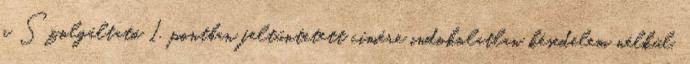
a Szolgáltató 1. pontban feltüntetett címére indokolatlan késedelem nélkül,